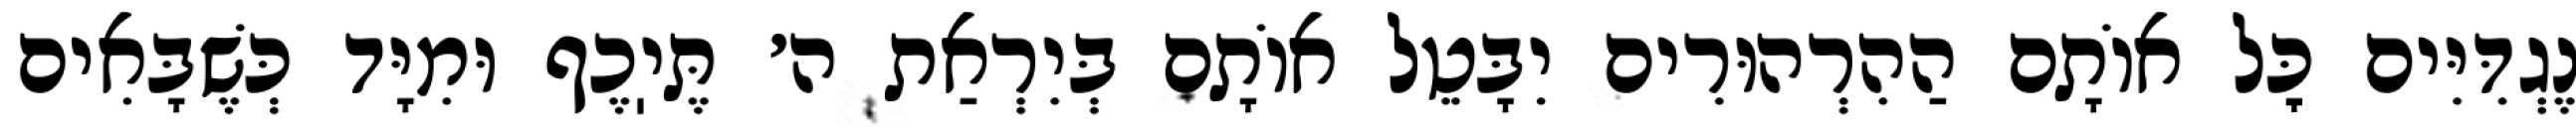
נֶגְדִּיִּים כׇּל אוֹתָם הַהִרְהוּרִים יִבָּטֵל אוֹתָם בְּיִרְאַת ה׳ תֶּיֽכֶף וּמִיָּד כְּשֶׁבָּאִים